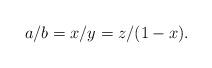
LaTeX: \begin{align*} a/b = x/y = z/(1-x).\end{align*}